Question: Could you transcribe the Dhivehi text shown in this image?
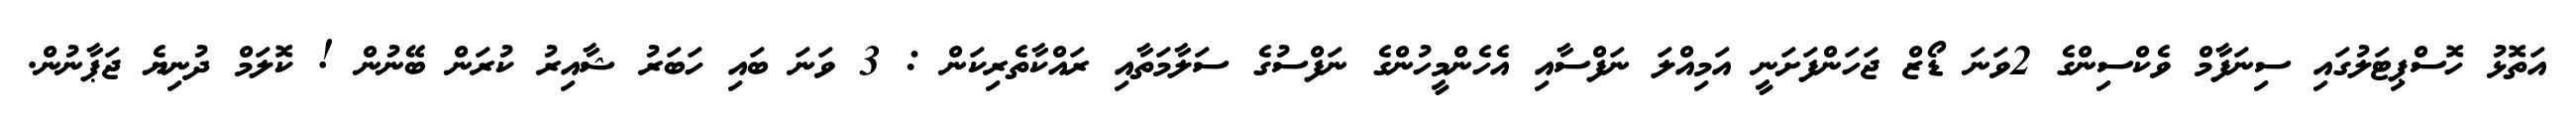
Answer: އަތޮޅު ހޮސްޕިޓަލުގައި ސިނަފާމް ވެކްސިންގެ 2ވަނަ ޑޯޒް ޖަހަންފަށަނީ އަމިއްލަ ނަފްސާއި އެހެންމީހުންގެ ނަފްސުގެ ސަލާމަތާއި ރައްކާތެރިކަން : 3 ވަނަ ބައި ހަބަރު ޝާއިރު ކުރަން ބޭނުން ! ކޮލަމް ދުނިޔެ ޖަޕާނުން.